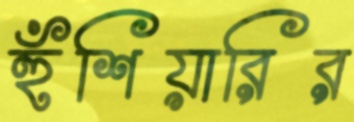
হুঁশিয়ারির